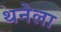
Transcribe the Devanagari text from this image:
थनेला